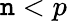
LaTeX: \mathtt{n}<p